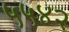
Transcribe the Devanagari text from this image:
५५४२